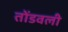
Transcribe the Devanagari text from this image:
तोंडवली